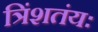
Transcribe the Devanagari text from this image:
त्रिंशतंयः